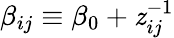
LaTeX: \beta_{ij}\equiv\beta_{0}+\mathit{z}_{ij}^{-1}